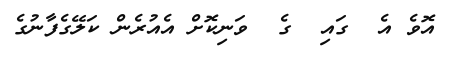
އޮވެ އެ  ގައި  ގެ  ވަނިކޮށް އެއުރެން ކަލޭގެފާނުގެ